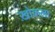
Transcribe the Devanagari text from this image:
ख़ोकला